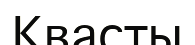
Квасты